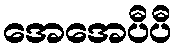
အေအေပီပီ